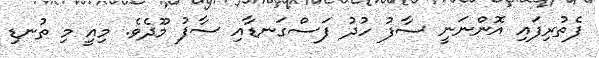
ފެތުރިފައި އޮންނަނީ ސާފު ހުދު ފަސްގަނޑާއި ސާފު މޫދެވެ. މިއީ މި ތުނޑި